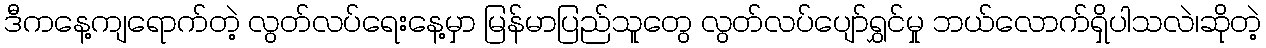
ဒီကနေ့ကျရောက်တဲ့ လွတ်လပ်ရေးနေ့မှာ မြန်မာပြည်သူတွေ လွတ်လပ်ပျော်ရွှင်မှု ဘယ်လောက်ရှိပါသလဲ၊ဆိုတဲ့